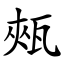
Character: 㼪